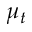
\mu _ { t }